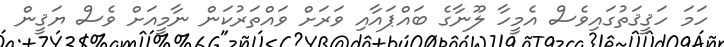
ހަމަ ހަޤީޤަތުގައިވެސް އެމީހާ ލޫނާގެ ބައްޕައާއި ވަރަށް ވައްތަރުކަން ނާމީއަށް ވެސް ޔަޤީން